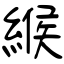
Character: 緱